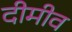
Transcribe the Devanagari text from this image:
दीमीव